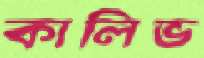
কালিভ